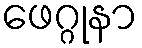
ဖေဂ္ဂုနာ